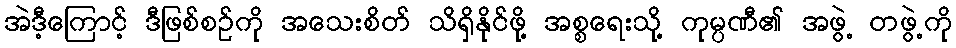
အဲဒီ့ကြောင့် ဒီဖြစ်စဉ်ကို အသေးစိတ် သိရှိနိုင်ဖို့ အစ္စရေးသို့ ကုမ္ပဏီ၏ အဖွဲ့ တဖွဲ့ကို